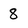
Character: 8